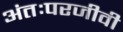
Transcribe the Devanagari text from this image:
अंतःपरजीवी